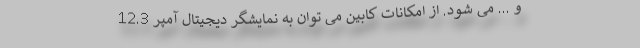
و ... می شود. از امکانات کابین می توان به نمایشگر دیجیتال آمپر 12.3